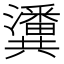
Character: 𤄤